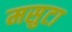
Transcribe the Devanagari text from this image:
मसुटा